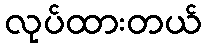
လုပ်ထားတယ်